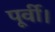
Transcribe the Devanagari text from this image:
पूर्वी।